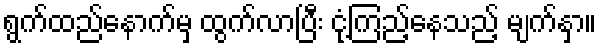
ရွက်ထည်နောက်မှ ထွက်လာပြီး ငုံ့ကြည့်နေသည့် မျက်နှာ။